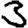
Digit: 3